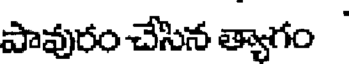
పావురం చేసిన త్యాగం